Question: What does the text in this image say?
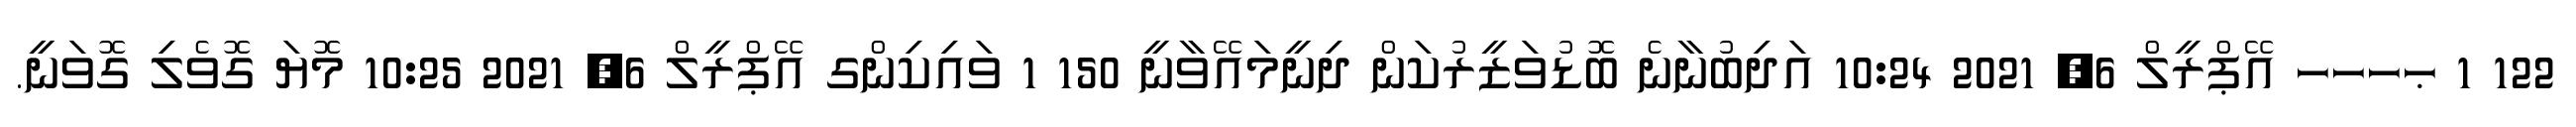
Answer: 122 1 ޙހހހ އޭޕްރީލް 6, 2021 10:24 އަދިބުނާނެ ބޮޑުވަޒީރުކަން ދިނީމައޭވާނީ 150 1 ވައިކިންގ އޭޕްރީލް 6, 2021 10:25 މޮޔަ ގޮވެލި ގޮވަނީ.